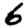
Digit: 6